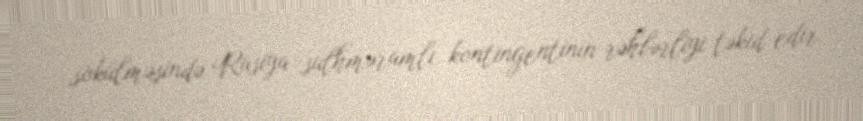
sökülməsində Rusiya sülhməramlı kontingentinin rəhbərliyi təkid edir.